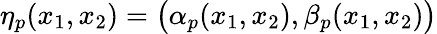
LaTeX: \eta_{p}(x_{1},x_{2})=\big(\alpha_{p}(x_{1},x_{2}),\beta_{p}(x_{1},x_{2})\big)